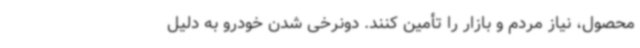
محصول، نیاز مردم و بازار را تأمین کنند. دونرخی شدن خودرو به دلیل